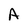
Character: A